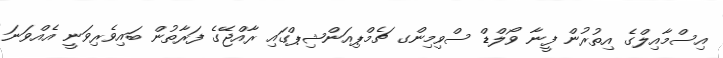
އިސްމާއިލްގެ އިތުރުން ފީނާ ވޯލްޑް ސްވިމިންގ ޗެމްޕިއަންޝިޕްގައި ރާއްޖޭގެ ފަރާތުން ބައިވެރިވަނީ އެއްވަނަ